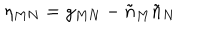
LaTeX: \eta _ { M N } = g _ { M N } - \tilde { n } _ { M } \tilde { n } _ { N }